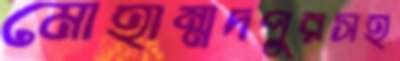
মোহাম্মদপুরসহ